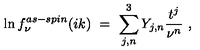
\ln f _ { \nu } ^ { a s - s p i n } ( i k ) \ = \ \sum _ { j , n } ^ { 3 } Y _ { j , n } \frac { t ^ { j } } { \nu ^ { n } } \ ,